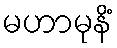
မဟာမုနိံ